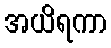
အယိရကာ